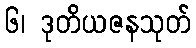
၆၊ ဒုတိယဇနသုတ်